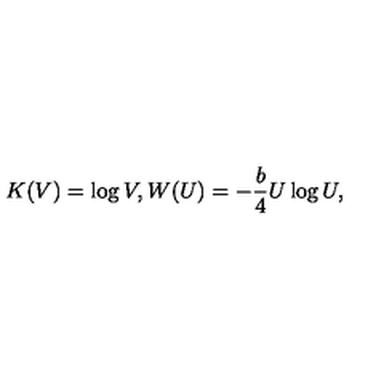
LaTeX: K ( V ) = \log V , W ( U ) = - { \frac { b } { 4 } } U \log U ,